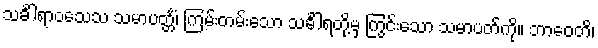
သင်္ခါရာဝသေသ သမာပတ္တိံ၊ ကြမ်းတမ်းသော သင်္ခါရတို့မှ ကြွင်းသော သမာပတ်ကို။ ဘာဝေတိ၊